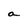
Character: a